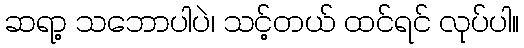
ဆရာ့ သဘောပါပဲ၊ သင့်တယ် ထင်ရင် လုပ်ပါ။